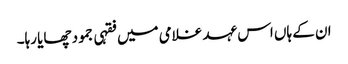
ان کے ہاں اس عہد غلامی میں فقہی جمود چھایا رہا۔